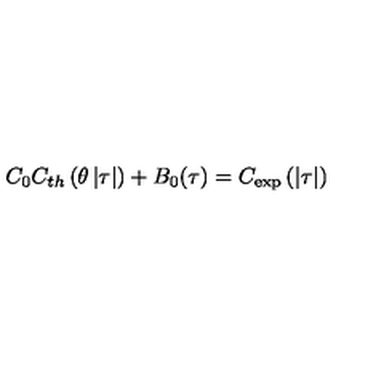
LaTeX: C _ { 0 } C _ { t h } \left( \theta \left| \tau \right| \right) + B _ { 0 } ( \tau ) = C _ { \exp } \left( \left| \tau \right| \right)